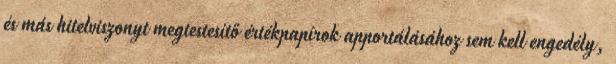
és más hitelviszonyt megtestesítő értékpapírok apportálásához sem kell engedély,